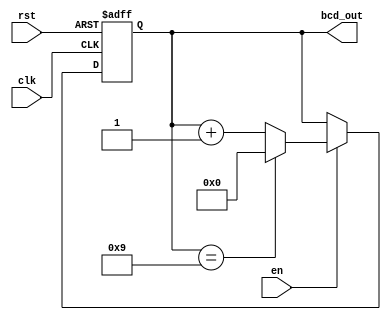
module bcd_counter (
    input wire clk,        // Clock input
    input wire rst,        // Asynchronous reset
    input wire en,         // Enable signal
    output reg [3:0] bcd_out // 4-bit BCD output
);

// BCD Counter Logic
always @(posedge clk or posedge rst) begin
    if (rst) begin
        // Asynchronous reset
        bcd_out <= 4'b0000; // Reset BCD output to 0
    end else if (en) begin
        if (bcd_out == 4'b1001) begin
            // If BCD output is 9, reset to 0
            bcd_out <= 4'b0000;
        end else begin
            // Increment BCD output
            bcd_out <= bcd_out + 1;
        end
    end
end

endmodule